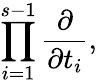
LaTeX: \prod_{i=1}^{s-1}\frac{\partial}{\partial t_{i}},